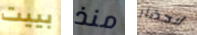
بييت منذ لاحضار